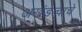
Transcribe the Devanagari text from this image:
अखंडत्वाचे